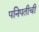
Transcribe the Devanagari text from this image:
पनिपतीची